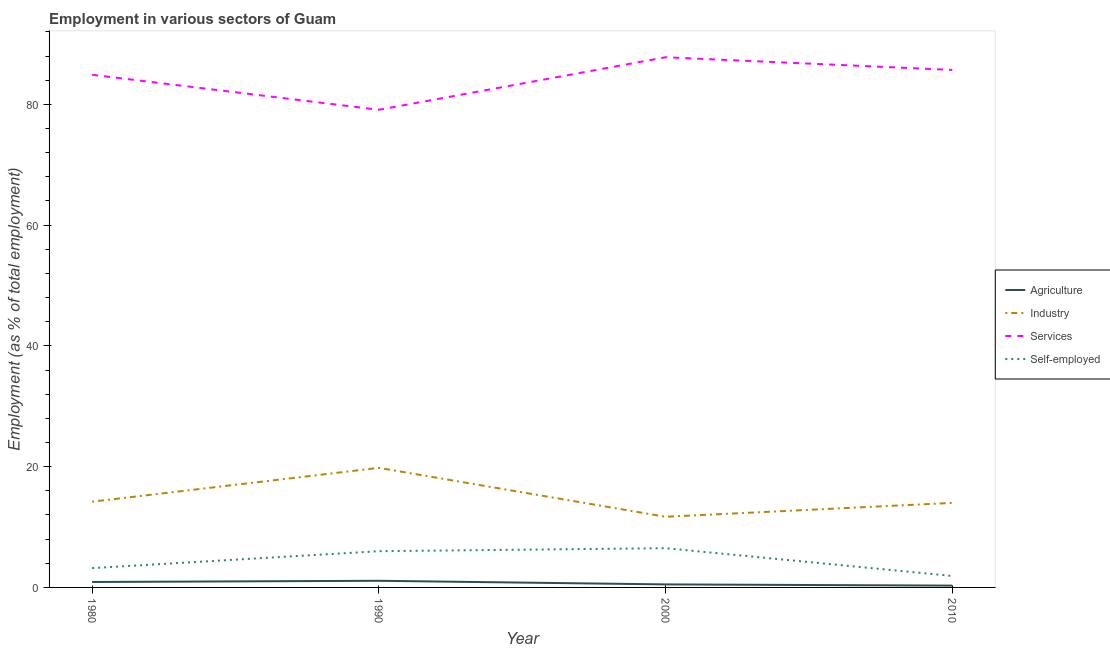
| Year | Agriculture | Industry | Services | Self-employed |
 | --- | --- | --- | --- | --- |
 | 1980 | 0.9 | 14.2 | 84.9 | 3.2 |
 | 1990 | 1.1 | 19.8 | 79.1 | 6 |
 | 2000 | 0.5 | 11.7 | 87.8 | 6.5 |
 | 2010 | 0.3 | 14 | 85.7 | 1.9 |